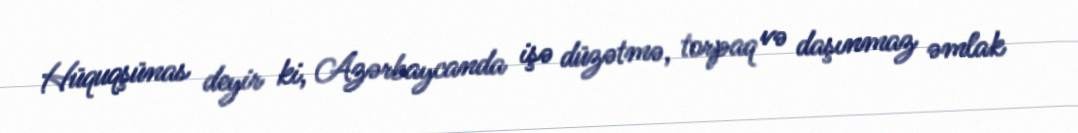
Hüquqşünas deyir ki, Azərbaycanda işə düzətmə, torpaq və daşınmaz əmlak